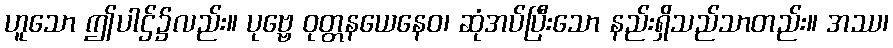
ဟူသော ဤပါဌ်၌လည်း။ ပုဗ္ဗေ ဝုတ္တနယေနေဝ၊ ဆုံအပ်ပြီးသော နည်းရှိသည်သာတည်း။ အဿ၊